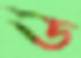
ড